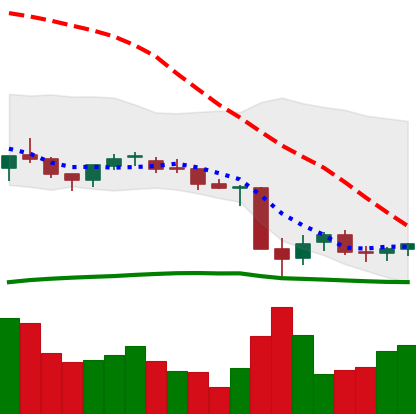
Ticker: NEO-USD
Chart end date: 2021-06-28
Forward return: 9.835%
Label: up_7plus